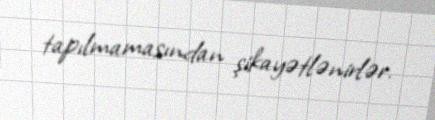
tapılmamasından şikayətlənirlər.